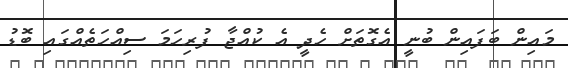
މައިން ބަފައިން ބުނީ އެގޮތަށް ހެދީ އެ ކުއްޖާ ފުރިހަމަ ސިއްހަތެއްގައި ބޮޑު